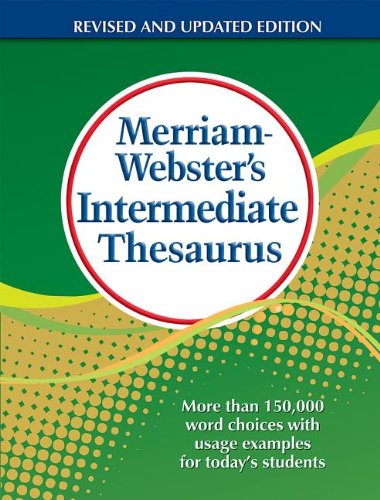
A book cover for Merriam-Webster's Intermediate Thesaurus; Children's Books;